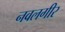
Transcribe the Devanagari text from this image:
नवलगीर